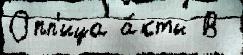
Опп'ица а́кты В